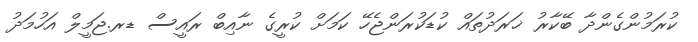
ކުރަމުންގެންދާ ބޭކާރު ޚަރަދުތައް ކުޑަކުރަންޖެހޭ ކަމަށް ކުރީގެ ނާއިބް ރައީސް ޑރ.ޖަމީލް އަހުމަދު